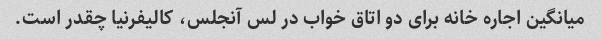
میانگین اجاره خانه برای دو اتاق خواب در لس آنجلس، کالیفرنیا چقدر است.